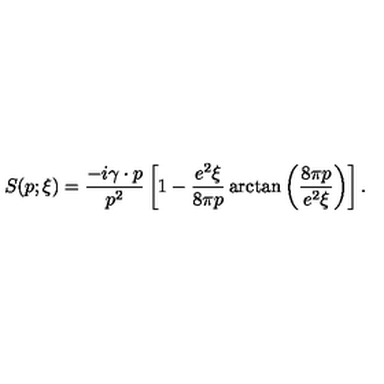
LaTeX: S ( p ; \xi ) = \frac { - i \gamma \cdot p } { p ^ { 2 } } \left[ 1 - \frac { e ^ { 2 } \xi } { 8 \pi p } \arctan \left( \frac { 8 \pi p } { e ^ { 2 } \xi } \right) \right] .